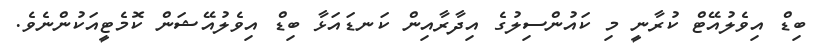
ބިޑް އިވެލުއޭޓް ކުރާނީ މި ކައުންސިލުގެ އިދާރާއިން ކަނޑައަޅާ ބިޑް އިވެލުއޭޝަން ކޮމެޓީއަކުންނެވެ.